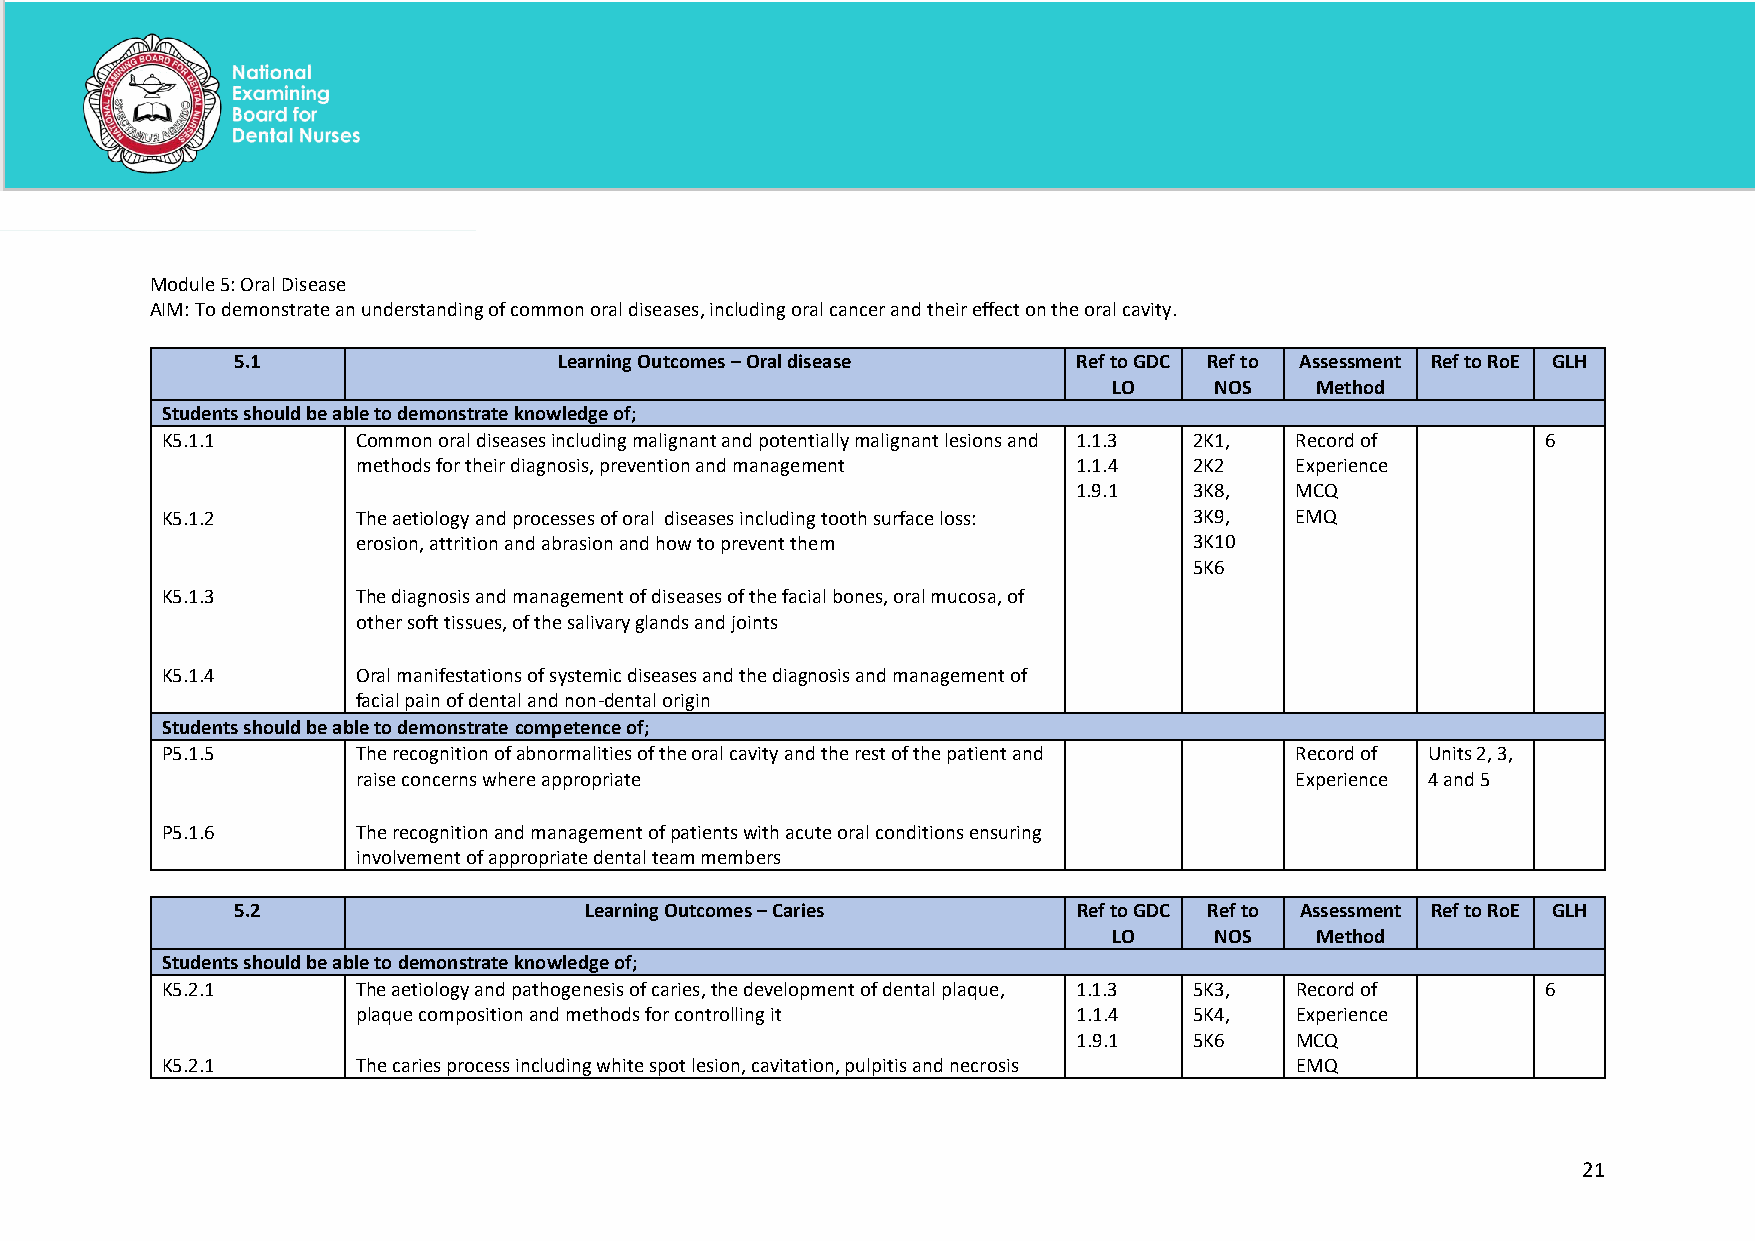
Module 5: Oral Disease
 AIM: To demonstrate an understanding of common oral diseases, including oral cancer and their effect on the oral cavity.
 5.1                  Learning Outcomes – Oral disease  Ref to GDC Ref to Assessment Ref to RoE GLH
 LO    NOS    Method
 Students should be able to demonstrate knowledge of;
 K5.1.1       Common oral diseases including malignant and potentially malignant lesions and 1.1.3 2K1, Record of 6
 methods for their diagnosis, prevention and management 1.1.4 2K2 Experience
 1.9.1   3K8,   MCQ
 K5.1.2       The aetiology and processes of oral diseases including tooth surface loss: 3K9, EMQ
 erosion, attrition and abrasion and how to prevent them 3K10
 5K6
 K5.1.3       The diagnosis and management of diseases of the facial bones, oral mucosa, of
 other soft tissues, of the salivary glands and joints
 K5.1.4       Oral manifestations of systemic diseases and the diagnosis and management of
 facial pain of dental and non-dental origin
 Students should be able to demonstrate competence of;
 P5.1.5       The recognition of abnormalities of the oral cavity and the rest of the patient and Record of Units 2, 3,
 raise concerns where appropriate                              Experience 4 and 5
 P5.1.6       The recognition and management of patients with acute oral conditions ensuring
 involvement of appropriate dental team members
 5.2                    Learning Outcomes – Caries      Ref to GDC Ref to Assessment Ref to RoE GLH
 LO    NOS    Method
 Students should be able to demonstrate knowledge of;
 K5.2.1       The aetiology and pathogenesis of caries, the development of dental plaque, 1.1.3 5K3, Record of 6
 plaque composition and methods for controlling it 1.1.4 5K4,  Experience
 1.9.1   5K6    MCQ
 K5.2.1       The caries process including white spot lesion, cavitation, pulpitis and necrosis EMQ
 21
 National Examining Board for Dental Nurses